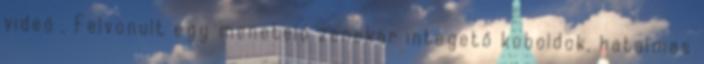
videó . Felvonult egy menetelő zenekar integető koboldok, hatalmas